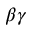
\beta \gamma